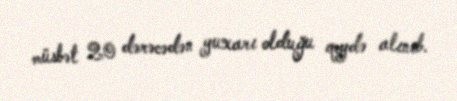
müsbət 20 dərəcədən yuxarı olduğu qeydə alınıb.